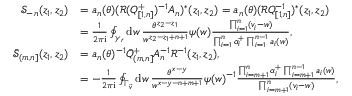
\begin{array} { r l } { \mathcal { S } _ { - n } ( z _ { 1 } , z _ { 2 } ) } & { = a _ { n } ( \theta ) ( \mathcal { R } ( Q _ { [ 1 , n ] } ^ { + } ) ^ { - 1 } A _ { n } ) ^ { * } ( z _ { 1 } , z _ { 2 } ) = a _ { n } ( \theta ) ( \mathcal { R } Q _ { [ 1 , n ] } ^ { - 1 } ) ^ { * } ( z _ { 1 } , z _ { 2 } ) } \\ & { = \frac { 1 } { 2 \pi \mathrm { i } } \oint _ { \gamma _ { r } } \mathrm { d } w \, \frac { \theta ^ { z _ { 2 } - z _ { 1 } } } { w ^ { z _ { 2 } - z _ { 1 } + n + 1 } } \psi ( w ) \frac { \prod _ { i = 1 } ^ { n } ( v _ { i } - w ) } { \prod _ { i = 1 } ^ { n } \alpha _ { i } ^ { + } \prod _ { i = 1 } ^ { n - 1 } a _ { i } ( w ) } , } \\ { \bar { \mathcal { S } } _ { ( m , n ] } ( z _ { 1 } , z _ { 2 } ) } & { = a _ { n } ( \theta ) ^ { - 1 } \bar { Q } _ { ( m , n ] } ^ { + } A _ { n } ^ { - 1 } \mathcal { R } ^ { - 1 } ( z _ { 1 } , z _ { 2 } ) , } \\ & { = - \frac { 1 } { 2 \pi \mathrm { i } } \oint _ { \Gamma _ { \vec { v } } } \mathrm { d } w \, \frac { \theta ^ { x - y } } { w ^ { x - y - n + m + 1 } } \psi ( w ) ^ { - 1 } \frac { \prod _ { i = m + 1 } ^ { n } \alpha _ { i } ^ { + } \prod _ { i = m + 1 } ^ { n - 1 } a _ { i } ( w ) } { \prod _ { i = m + 1 } ^ { n } ( v _ { i } - w ) } , } \end{array}